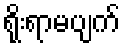
ရိုးရာမပျက်